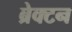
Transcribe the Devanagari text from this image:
ब्रेक्टन